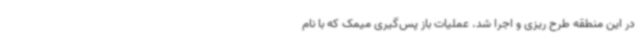
در این منطقه طرح ریزی و اجرا شد. عملیات باز پس‌گیری میمک که با نام